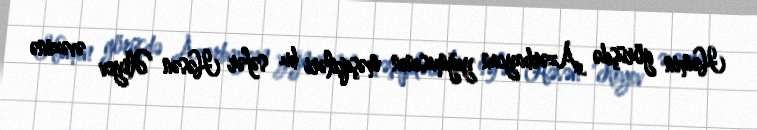
Həmin görüşdə Azərbaycan yığmasının məşqçiləri bu səfər Həsən Əliyev əvəzinə